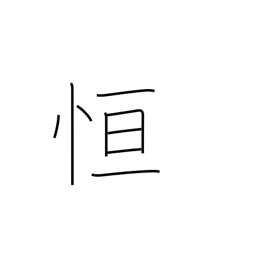
Meaning: always